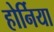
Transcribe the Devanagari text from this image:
होर्निया